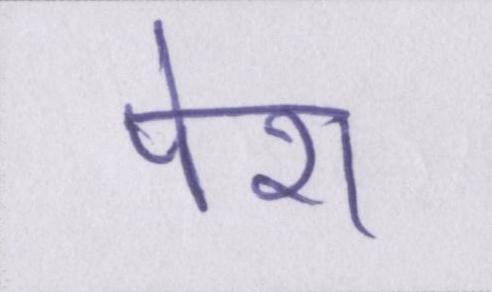
पेश